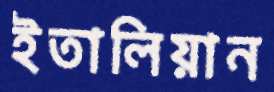
ইতালিয়ান